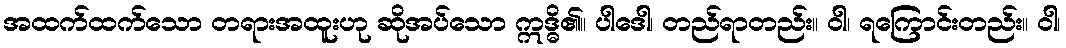
အထက်ထက်သော တရားအထူးဟု ဆိုအပ်သော ဣဒ္ဓိ၏။ ပါဒေါ၊ တည်ရာတည်း။ ဝါ၊ ရကြောင်းတည်း။ ဝါ၊